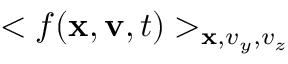
< f ( { \bf x } , { \bf v } , t ) > _ { { \bf x } , v _ { y } , v _ { z } }